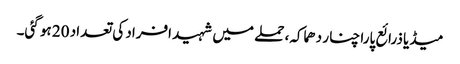
میڈیا ذرائع پارا چنار دھماکہ، حملے میں شہید افراد کی تعداد 20 ہو گئی۔